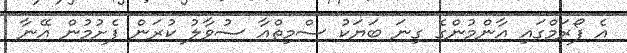
އެ ފޯރަމްގައި އާންމުންގެ ގިނަ ބަޔަކު ސްމިތްއާ ސުވާލު ކުރަން ފެށުމުން އޭނާ